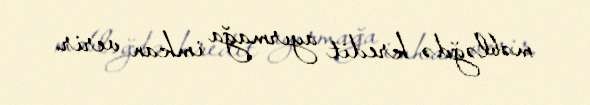
məbləğdə kredit ayırmağa imkan verir.